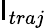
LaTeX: \mathsf{I}_{traj}